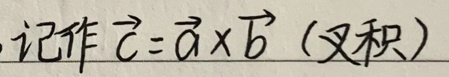
记作 $\vec{c}=\vec{a} \times \vec{b}$（叉积）